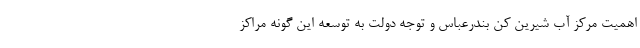
اهمیت مرکز آب شیرین کن بندرعباس و توجه دولت به توسعه این گونه مراکز